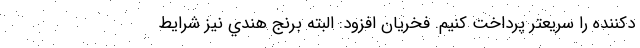
دکننده را سریعتر پرداخت کنیم. فخریان افزود: البته برنج هندي نيز شرايط